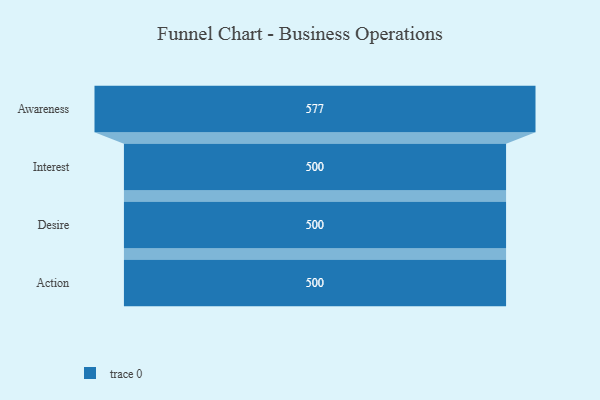
{"axis": {"x": "Stage", "y": "Value"}, "legend": [""], "data": [{"x": "Awareness", "y": 577.0, "type": ""}, {"x": "Interest", "y": 500, "type": ""}, {"x": "Desire", "y": 500, "type": ""}, {"x": "Action", "y": 500, "type": ""}]}